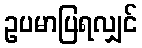
ဥပမာပြရလျှင်